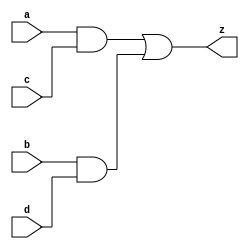
// This program was cloned from: https://github.com/mehedi37/Verilog_study
// License: MIT License

module be(
  input a, b, c, d,
  output z
);
  assign z = a & c | b & d;   // z = ab + cd
endmodule